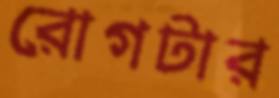
রোগটার